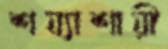
শয্যাশায়ী